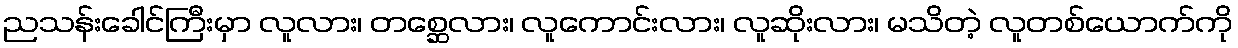
ညသန်းခေါင်ကြီးမှာ လူလား၊ တစ္ဆေလား၊ လူကောင်းလား၊ လူဆိုးလား၊ မသိတဲ့ လူတစ်ယောက်ကို